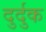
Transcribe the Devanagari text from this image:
दुर्दुक